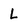
Character: L